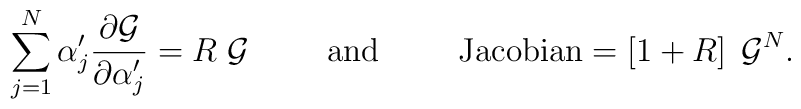
\sum\limits_{j=1}^N \alpha'_j   \frac{\partial{\cal{G}}}{\partial\alpha'_j}= R \; {\cal{G}}\hspace{10mm} \mbox{and} \hspace{10mm}\mbox{Jacobian}= \left[ 1+R \right] \; {\cal{G}}^N .